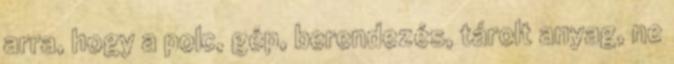
arra, hogy a polc, gép, berendezés, tárolt anyag, ne